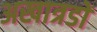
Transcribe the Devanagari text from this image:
अखात्रडों